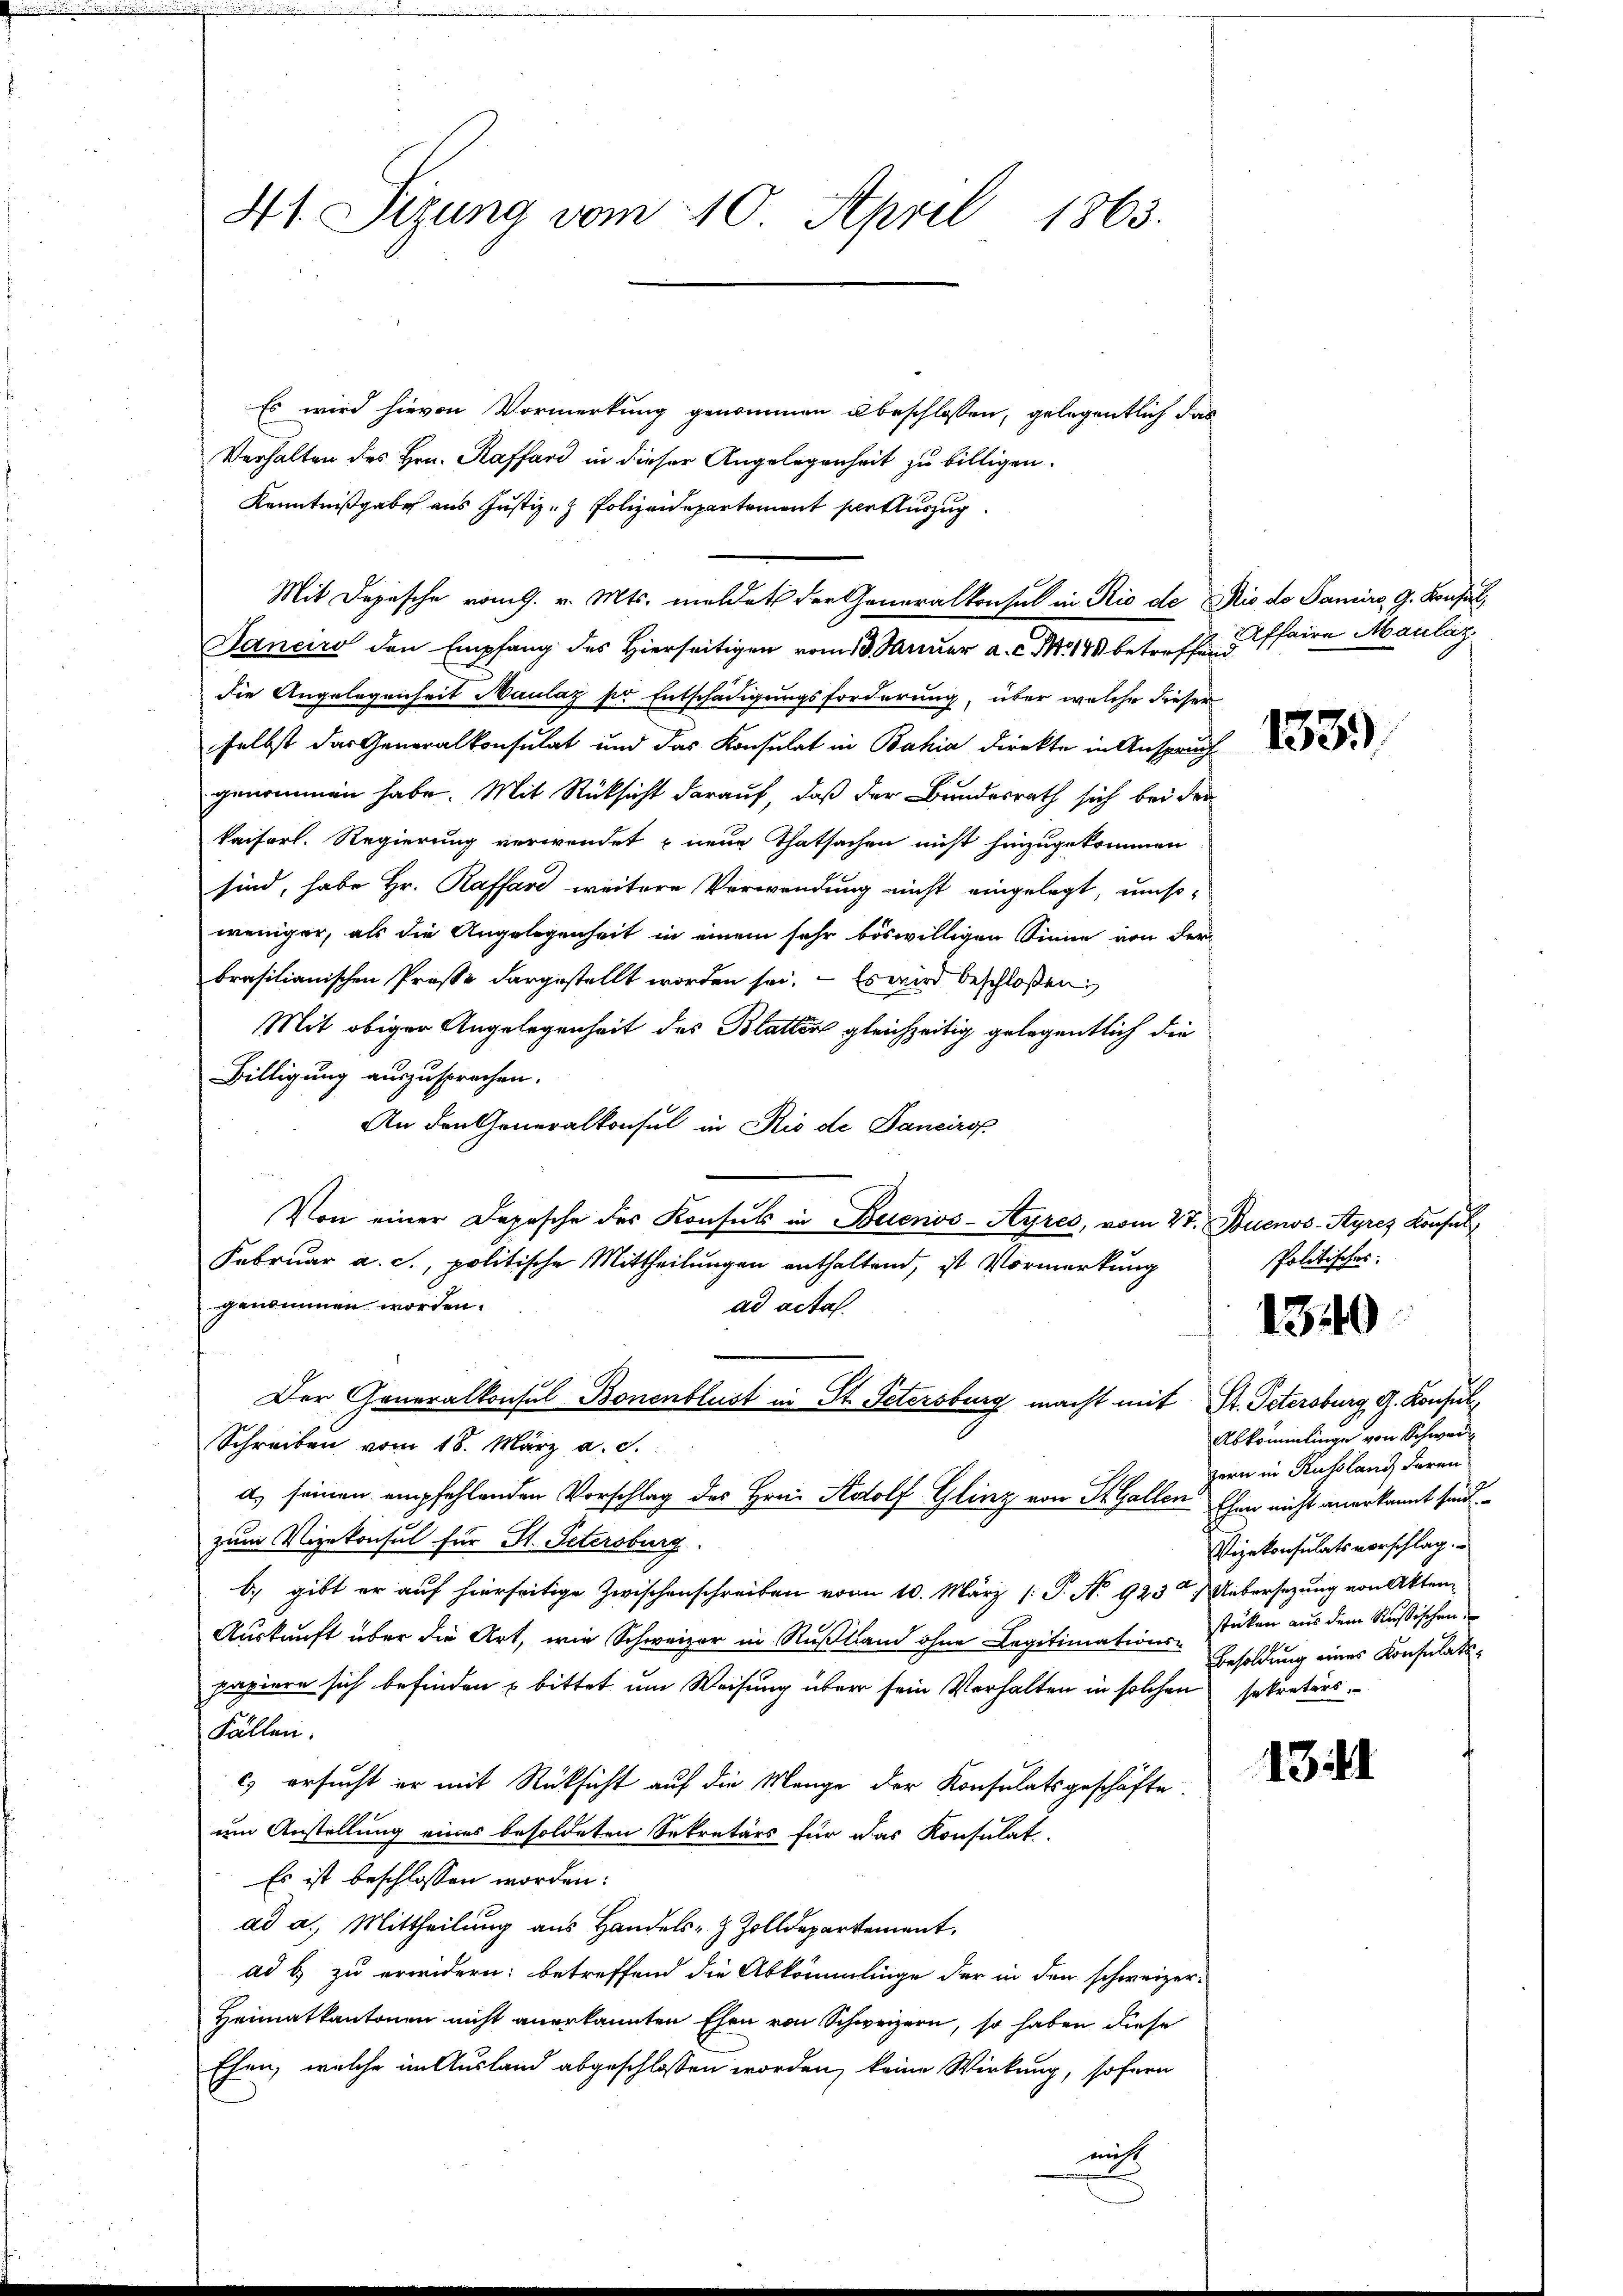
41 Sizung vom 10. April 1863.

Es wird hievon Vormerkung genommen u beschlossen, gelegentlich das
Verhalten des Hrn. Raffard in dieser Angelegenheit zu billigen.
Kenntnißgabe aus Justiz- & Polizeidepartement pertauszug
Janeiro den Empfang des Hierseitigen vom 13. Januar a. c. M. 149 betreffen affaire Maulag
die Angelegenheit Maulay per Entschädigungsforderung, über welche dieser
selbst das Generalkonsulat und das Konsulat in Bahia Direkte in Anspruch
genommen habe. Mit Rücksicht darauf, daß der Bundesrath sich bei der
kaiserl. Regierung verwendet neue Thatsachen nicht hinzugekommen
sind, habe Hr. Raffard weitere Verwendung nicht eingelegt, umsoweniger, als die Angelegenheit in einem sehr böswilligen Sinne von der
brasilianischen Prose dargestellt worden sei. – Es wird beschloßen:
Mit obiger Angelegenheit des Blatten gleichzeitig gelegentlich die
Billigung auszusprechen.
An den Generalkonsul in Rio de Sancirop
Von einer Depesche des Konsul in Buenos-Ayres, vom 27. Buenos-Ayres Konsul
Februar a. c., politische Mittheilungen enthaltend, ist Vormerkung
genommen worden.
ad acta.
Der Generalkonsul Bonenblust in St. Petersburg macht mit Dr. Petersburg, G. Konsul
Schreiben vom 18. März a. S.
d. seinen empfehlenden Vorschlag des Hrn. Adolf Glinz von St. Gallen Ehen nicht anerkannt sind.
zum Vizekonsul für St. Petersburg
b) gibt er auf hierseitige Zwischenschreiben von 10. März [ P. No 923 / Uebersezung von Akten
Auskunft über die Art, wie Schweizer in Rußland ohne Legitimationspapiere sich befinden & bittet um Weisung über sein Verhalten in solchen sekretärs.
Fällen.
c) ersucht er mit Rücksicht auf die Mange der Konsulatsgeschäfte
um Anstellung eines besoldeten Sekretärs für das Konsulat
Es ist beschlossen worden:
ad a. Mittheilung aus Handels- & Zolldepartement,
ad b. zu erwidern: betreffend die Abkömmlinge der in den schweizer-
Heimatkantonen nicht anerkannten Ehen von Schweizern, so haben diese
Ehen, welche im Ausland abgeschlossen worden, keine Wirkung, sofern
nicht

Mit Depesche vom 9. v. Mts. meldet der Generalkonsul in Rio de Rio de Samiro, G. Konsul¬

1539

Politisches.

1340

Abkömmlinge von Schwar
zern in Russland Foran
Vizekonsulatsvorschlag.
stücken aus dem Rußischen
Besoldung eines Konsulats¬

131